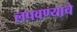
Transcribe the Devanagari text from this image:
लपवण्याचे